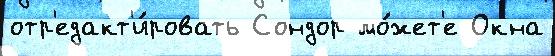
отр'едакт'и́ровать Сондор мо́жет'е Окна